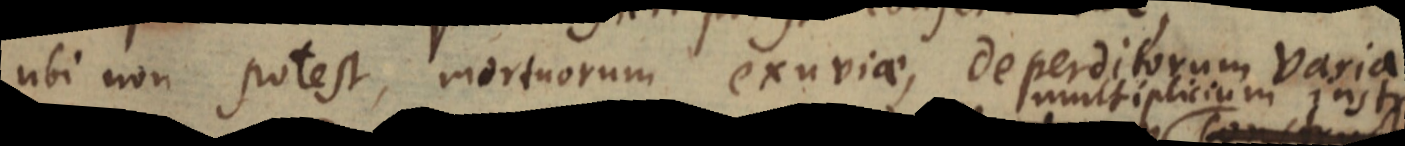
ubi non potest, mortuorum exuviae, deperditorum varia